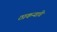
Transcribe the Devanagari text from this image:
ठाकऱ्यांचे